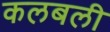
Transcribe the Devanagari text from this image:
कलबली